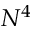
N ^ { 4 }